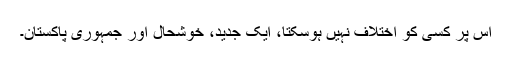
اس پر کسی کو اختلاف نہیں ہوسکتا، ایک جدید، خوشحال اور جمہوری پاکستان۔